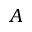
A